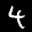
Label: 4